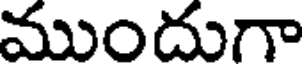
ముందుగా